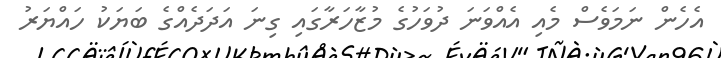
އެހެން ނަމަވެސް މެއި އެއްވަނަ ދުވަހުގެ މުޒާހަރާގައި ގިނަ އަދަދެއްގެ ބަޔަކު ހައްޔަރު